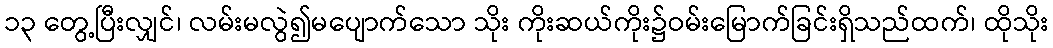
၁၃ တွေ့ပြီးလျှင်၊ လမ်းမလွဲ၍မပျောက်သော သိုး ကိုးဆယ်ကိုး၌ဝမ်းမြောက်ခြင်းရှိသည်ထက်၊ ထိုသိုး